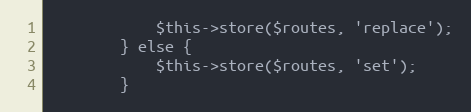
Language: PHP
            $this->store($routes, 'replace');
        } else {
            $this->store($routes, 'set');
        }